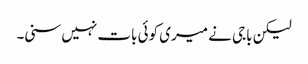
لیکن باجی نے میری کوئی بات نہیں سنی۔